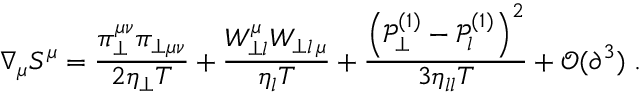
\nabla _ { \mu } S ^ { \mu } = \frac { \pi _ { \perp } ^ { \mu \nu } \pi _ { \perp \mu \nu } } { 2 \eta _ { \perp } T } + \frac { W _ { \perp l } ^ { \mu } W _ { \perp l \, \mu } } { \eta _ { l } T } + \frac { \left( \mathcal { P } _ { \perp } ^ { ( 1 ) } - \mathcal { P } _ { l } ^ { ( 1 ) } \right) ^ { 2 } } { 3 \eta _ { l l } T } + \mathcal { O } ( \partial ^ { 3 } ) \; .